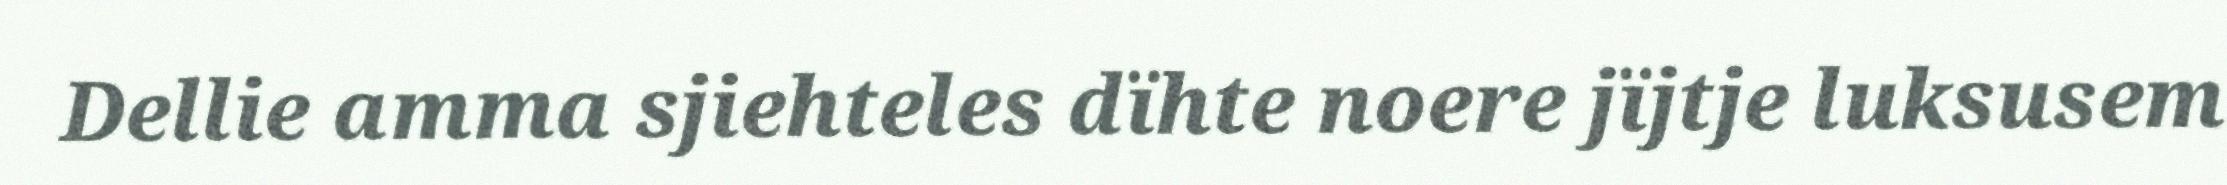
Dellie amma sjiehteles dïhte noere jïjtje luksusem